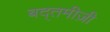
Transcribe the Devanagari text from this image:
बद्तमीज़ी